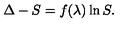
\Delta - S = f ( \lambda ) \ln S .